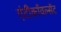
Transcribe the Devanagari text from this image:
एंटीकाँवल्सेंट